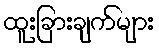
ထူးခြားချက်များ